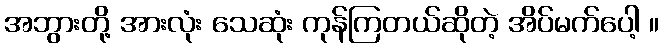
အဘွားတို့ အားလုံး သေဆုံး ကုန်ကြတယ်ဆိုတဲ့ အိပ်မက်ပေါ့ ။